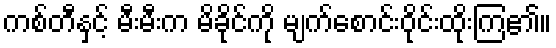
ကစ်တီနှင့် မီးမီးက မိခိုင်ကို မျက်စောင်းဝိုင်းထိုးကြ၏။